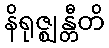
နိရုဇ္ဈန္တီတိ